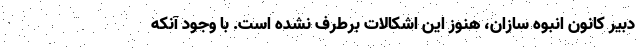
دبیر کانون انبوه سازان، هنوز این اشکالات برطرف نشده است. با وجود آنکه